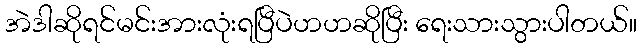
အဲဒါဆိုရင်မင်းအားလုံးရပြီပဲဟဟဆိုပြီး ရေးသားသွားပါတယ်။